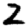
Digit: 2